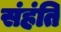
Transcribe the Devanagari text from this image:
संहंति